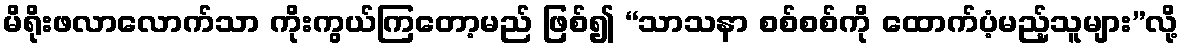
မိရိုးဖလာလောက်သာ ကိုးကွယ်ကြတော့မည် ဖြစ်၍ “သာသနာ စစ်စစ်ကို ထောက်ပံ့မည့်သူများ”လို့